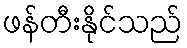
ဖန်တီးနိုင်သည်